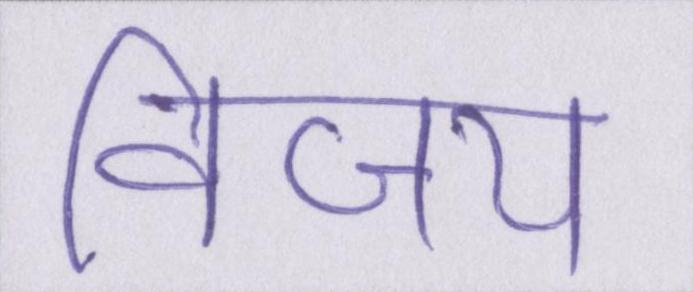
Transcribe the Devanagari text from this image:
विजय